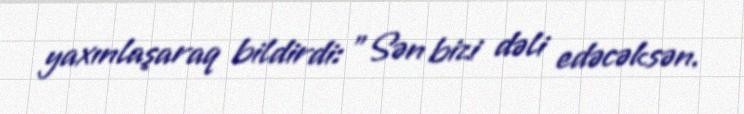
yaxınlaşaraq bildirdi: "Sən bizi dəli edəcəksən.